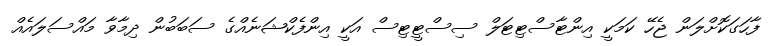
ފާހަގަކޮށްލަން ޖެހޭ ކަމަކީ އިންޓާސްޓިޓަލް ސިސްޓީޓިސް އަކީ އިންފެކްޝަނެއްގެ ސަބަބުން ދިމާވާ މައްސަލައެއް